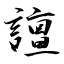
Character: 譠